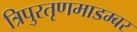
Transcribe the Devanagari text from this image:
त्रिपुरतृणमाडम्बर